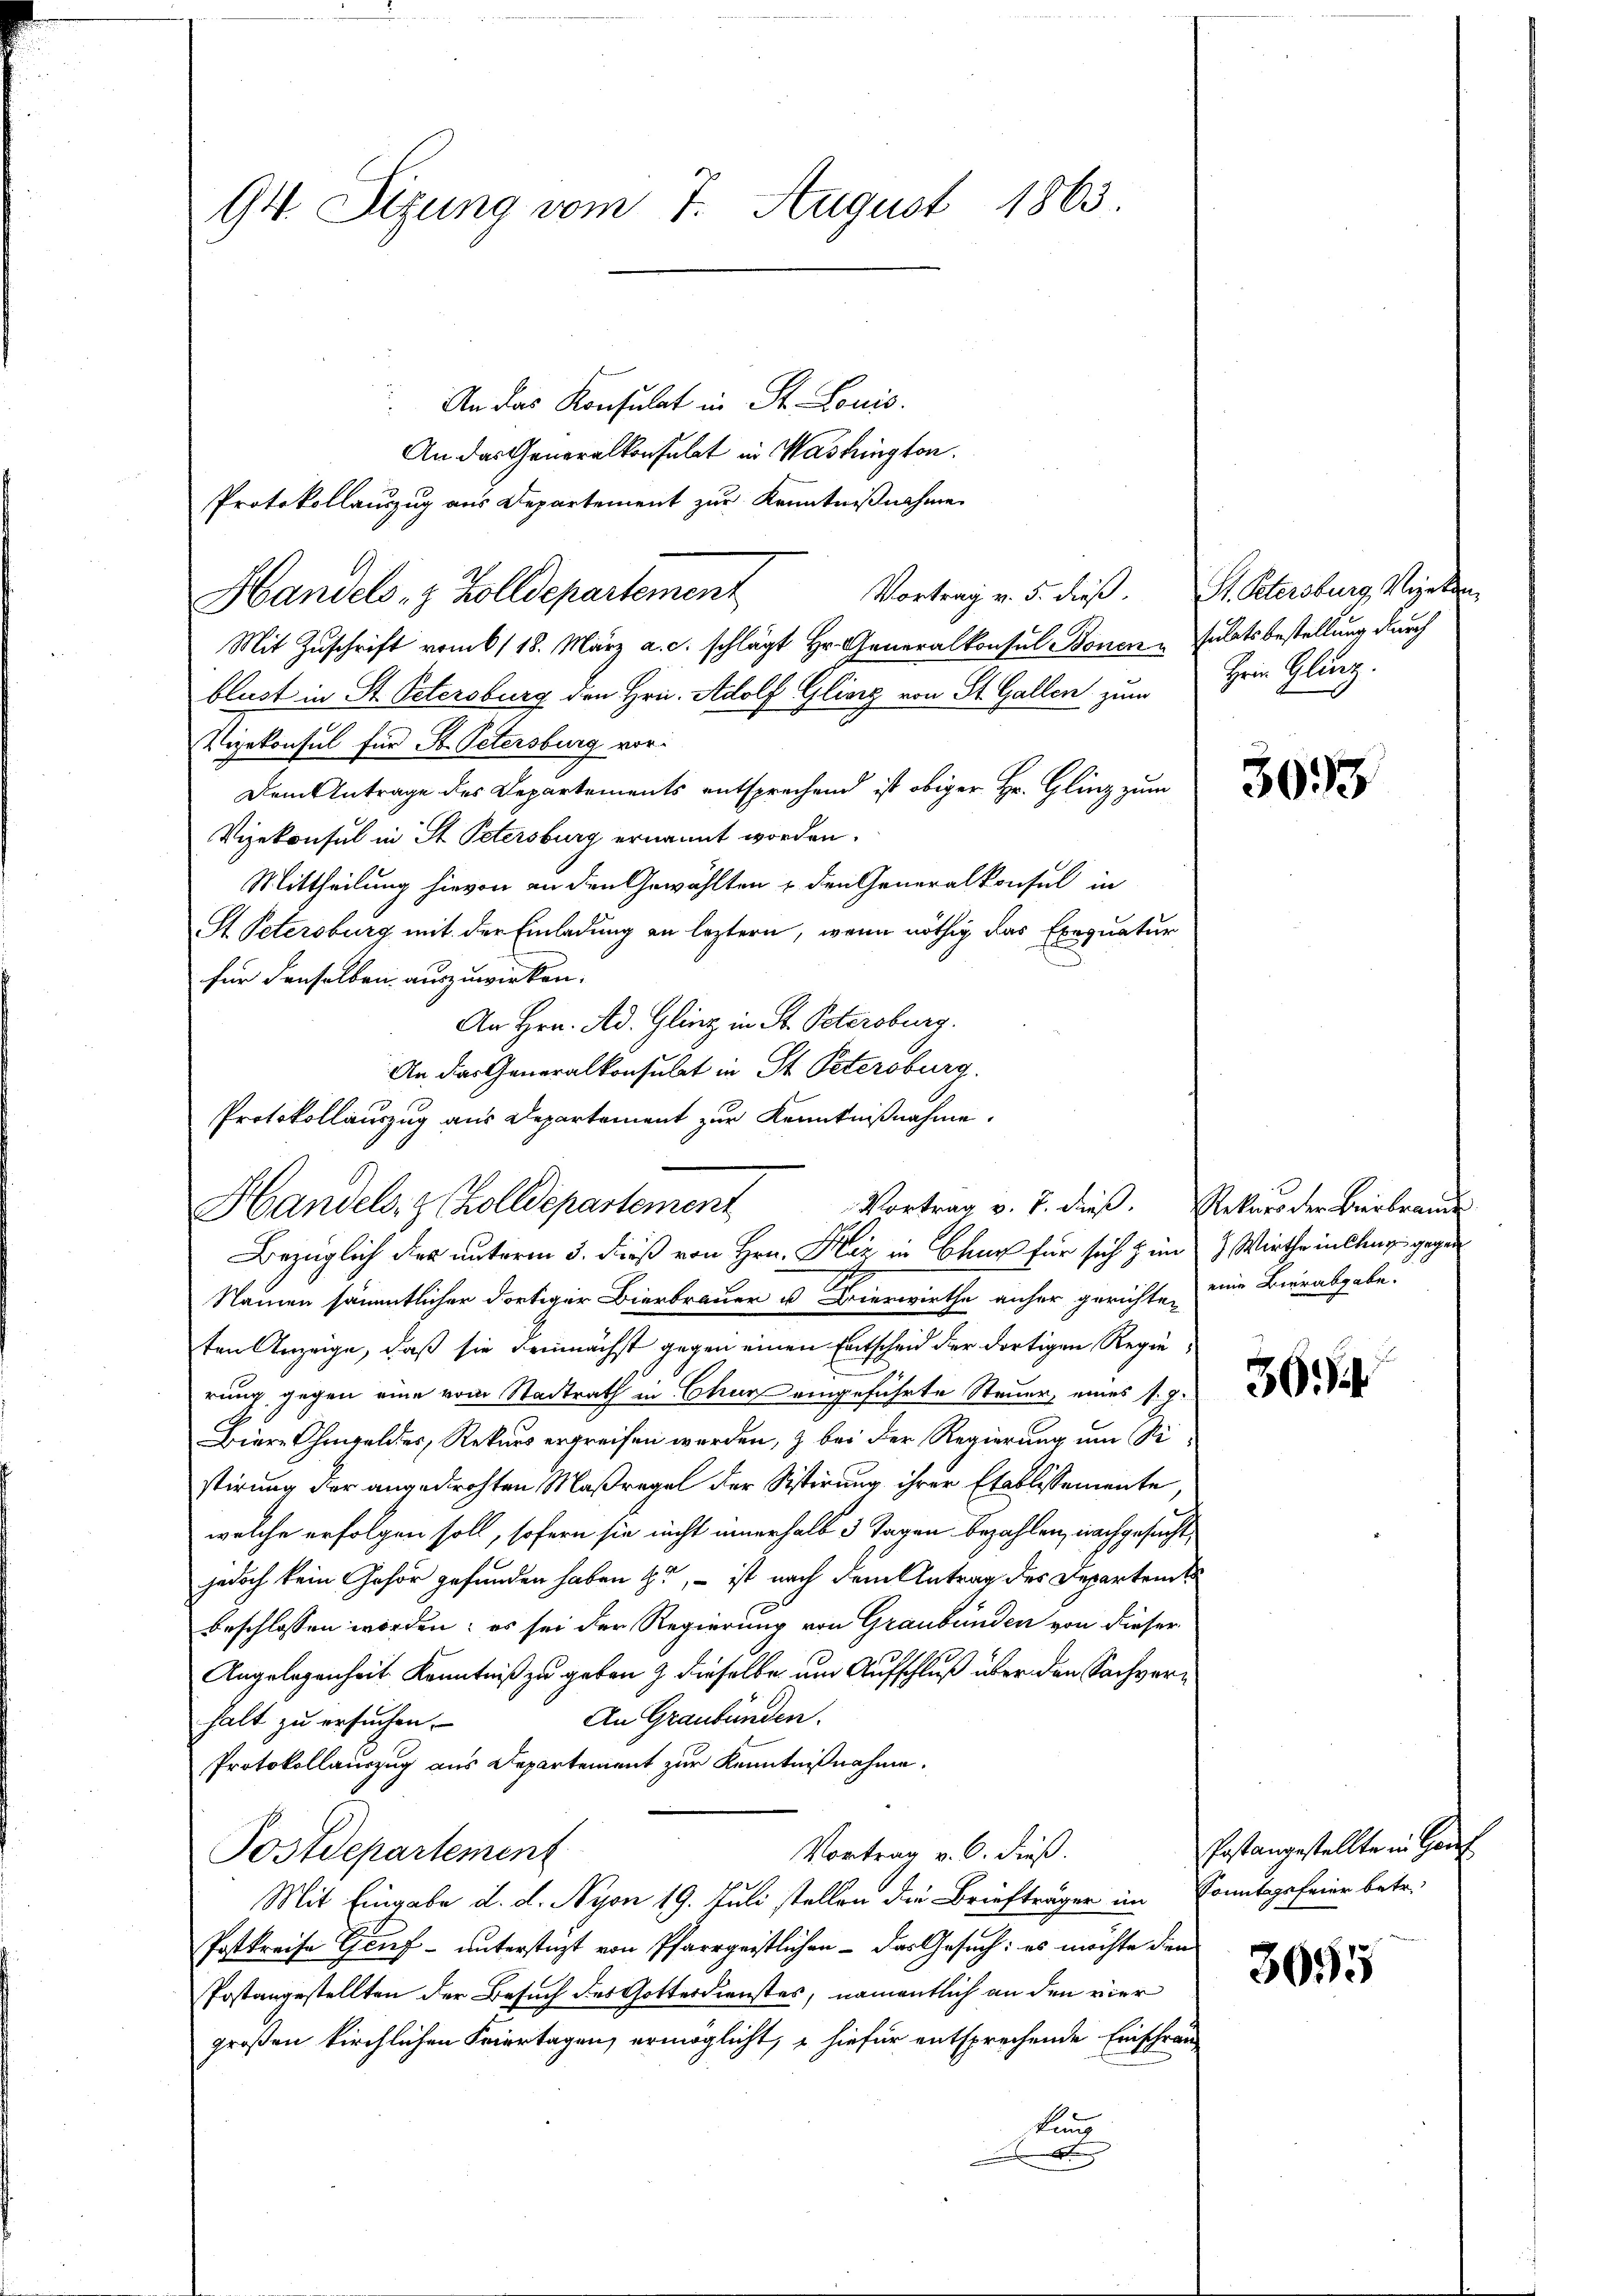
94. Sizung vom 7. August 1863.

An das Konsulat in St. Louis.
Mit Zuschrift vom 6/18. März a. c. schlägt Hr. Generalkonsul Bonen Sulatsbestellung durch
blust in St. Petersburg den Hrn. Adolf Gliorg von St. Gallen zum
Vizekonsul für St. Petersburg vor¬
Dem Antrage des Departements entsprechend ist obiger Hr. Glinz zum
Vizekonsul in St. Petersburg ernannt worden.
Mittheilung hievon an den Gewählten u. den Generalkonsul in
St Petersburg mit der Einladung an leztern, wenn nöthig das Exequatur
für denselben auszuwirken.
An Hrn. Ad. Gling in St. Petersburg.
An das Generalkonsulat in St. Petersburg.
Protokollauszug aus Departement zur Kenntnißnahme.

An das Generalkonsulat in Washington.
Protokollauszug aus Departement zur Kenntnißnahme
Handels- & Zolldepartement

Vortrag v. J. dieß. Rekurs der Beibranne
Handels- & Zolldepartement

Bezüglich der unterm 5. dieß von Hrn. Hiz in Chur für sich zum 3. Wirtheinlang gegen
Namen sämmtlicher dortiger Bierbrauer u erwirthe anher gerichte, eine Bierabgabe.
ten Anzeige, daß sie demnächst gegen einen Entscheid der dortigen Regierung gegen eine vom Stadtrath in Chur eingeführte Steuer, eines s. g.
Bier Ohmgeldes, Rekurs ergreifen werden, & bei der Regierung um Vi
stirung der angedrohten Maßregel der Sistirung ihrer Etablissemente
welche erfolgen soll, sofern sie nicht innerhalb 3 Tagen bezahlen, nachgesucht,
jedoch kein Gehör gefunden haben zu, – ist nach dem Antrag des Departent
beschlossen worden; es sei der Regierung von Graubünden von dieser
Angelegenheit Kenntniß zu geben & dieselbe um Aufschluß über den Sachver¬
An Graubünden.
halt zu ersuchen.
Protokollauszug aus Departement zur Kenntnißnahme.
Vortrag v. 6. dieß.
Postdepartement
Mit Eingabe d. d. Nyon 19. Juli stellen die Briefträger im Sonntagsfeier betr.
Postkreise Gruf- unterstagt von Pfarrgeistlichen – das Gesuch: es möchte dien
Postangestellten der Besuch des Gottesdienstes, namentlich an den vier
großen kirchlichen Feiertagen, ermöglicht, – hiefür entsprechende Erschrän
kung
x

Vortrag v. 5. dieß. St. Petersburg, Vizekan
Hein Glinz.

3033

36.

Postangestellte in Ged

3095